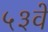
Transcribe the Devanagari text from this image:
५३वें